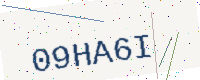
Text: 09HA6I